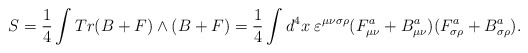
\begin{align*}S={1\over{4}}\int Tr(B+F)\wedge (B+F) ={1\over{4}}\int d^4x \;\varepsilon^{\mu\nu\sigma\rho}(F_{\mu\nu}^a+B_{\mu\nu}^a)(F_{\sigma\rho}^a+B_{\sigma\rho}^a). \end{align*}